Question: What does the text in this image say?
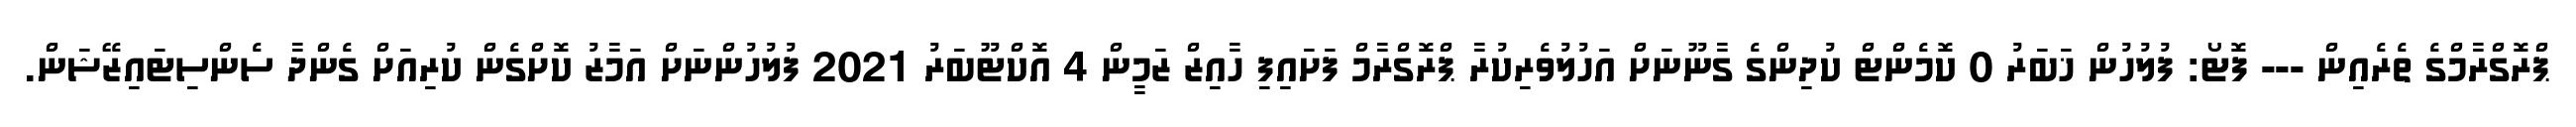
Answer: ޕްރޮގްރާމްގެ ތެރެއިން --- ފޮޓޯ: ފުލުހުން ޚަބަރު 0 ކޮމެންޓް ކުދިންގެ ގާނޫނަށް އަހުލުވެރިކުރާ ޕްރޮގްރާމް ފަށައިފި ހާއިޒް ޒަމީން 4 އޮކްޓޫބަރު 2021 ފުލުހުންނަށް އަމާޒު ކޮށްގެން ކުރިއަށް ގެންދާ ސެންސިޓައިޒޭޝަން.